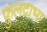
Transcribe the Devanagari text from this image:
फुलदाभा